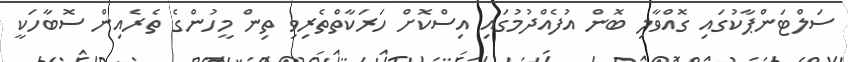
ސަލްޓަންޕާކުގައި ގޮއްވާލި ބޮން އުފެއްދުމުގައި އިސްކޮށް ހަރަކާތްތެރިވި ތިން މީހުންގެ ތެރެއިން ސޮބާހަކީ